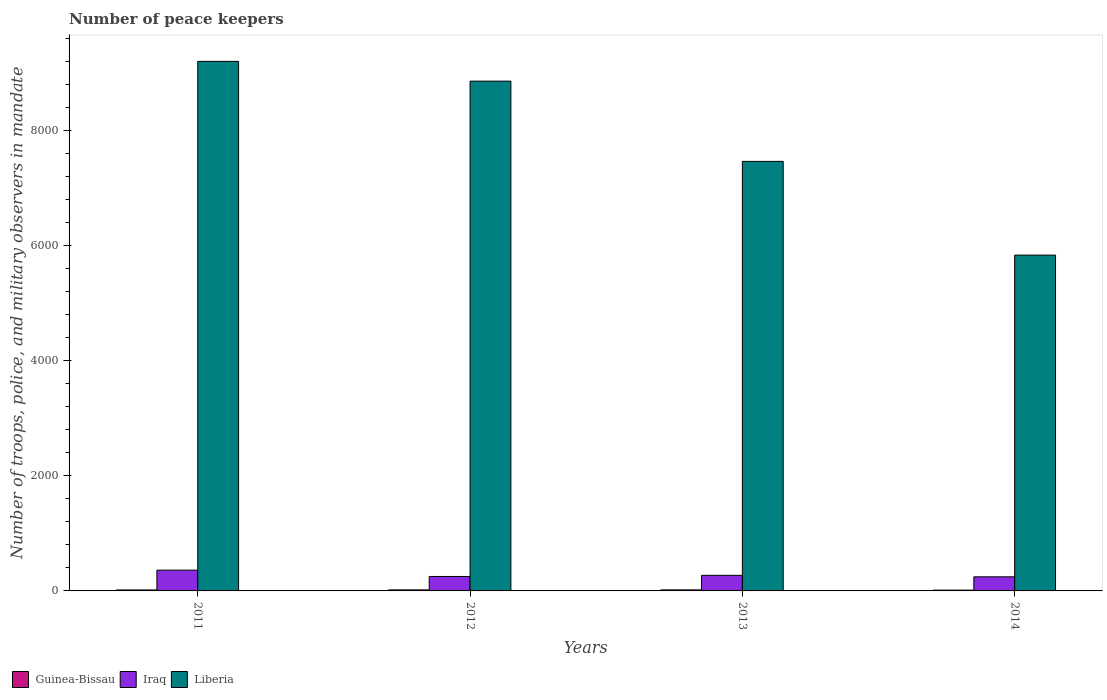
| Years | Guinea-Bissau | Iraq | Liberia |
 | --- | --- | --- | --- |
 | 2011 | 17 | 361 | 9.21e+03 |
 | 2012 | 18 | 251 | 8.86e+03 |
 | 2013 | 18 | 271 | 7.47e+03 |
 | 2014 | 14 | 245 | 5.84e+03 |